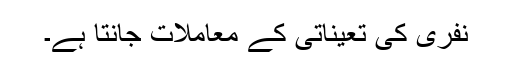
نفری کی تعیناتی کے معاملات جانتا ہے۔